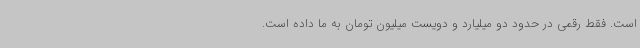
است. فقط رقمی در حدود دو میلیارد و دویست میلیون تومان به ما داده است.